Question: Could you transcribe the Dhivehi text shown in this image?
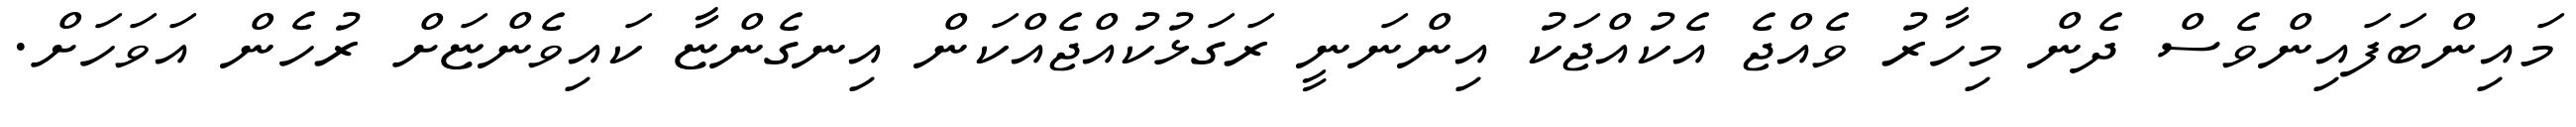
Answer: މައިންބަފައިންވެސް ދެން މިހާރު ވެއްޖެ އެކުއްޖަކު އިންނަނީ ރަގަޅުކުއްޖެއްކަން އިނގެންޏާ ކައިވެންޏަށް ރުހެން އަވަހަށް.